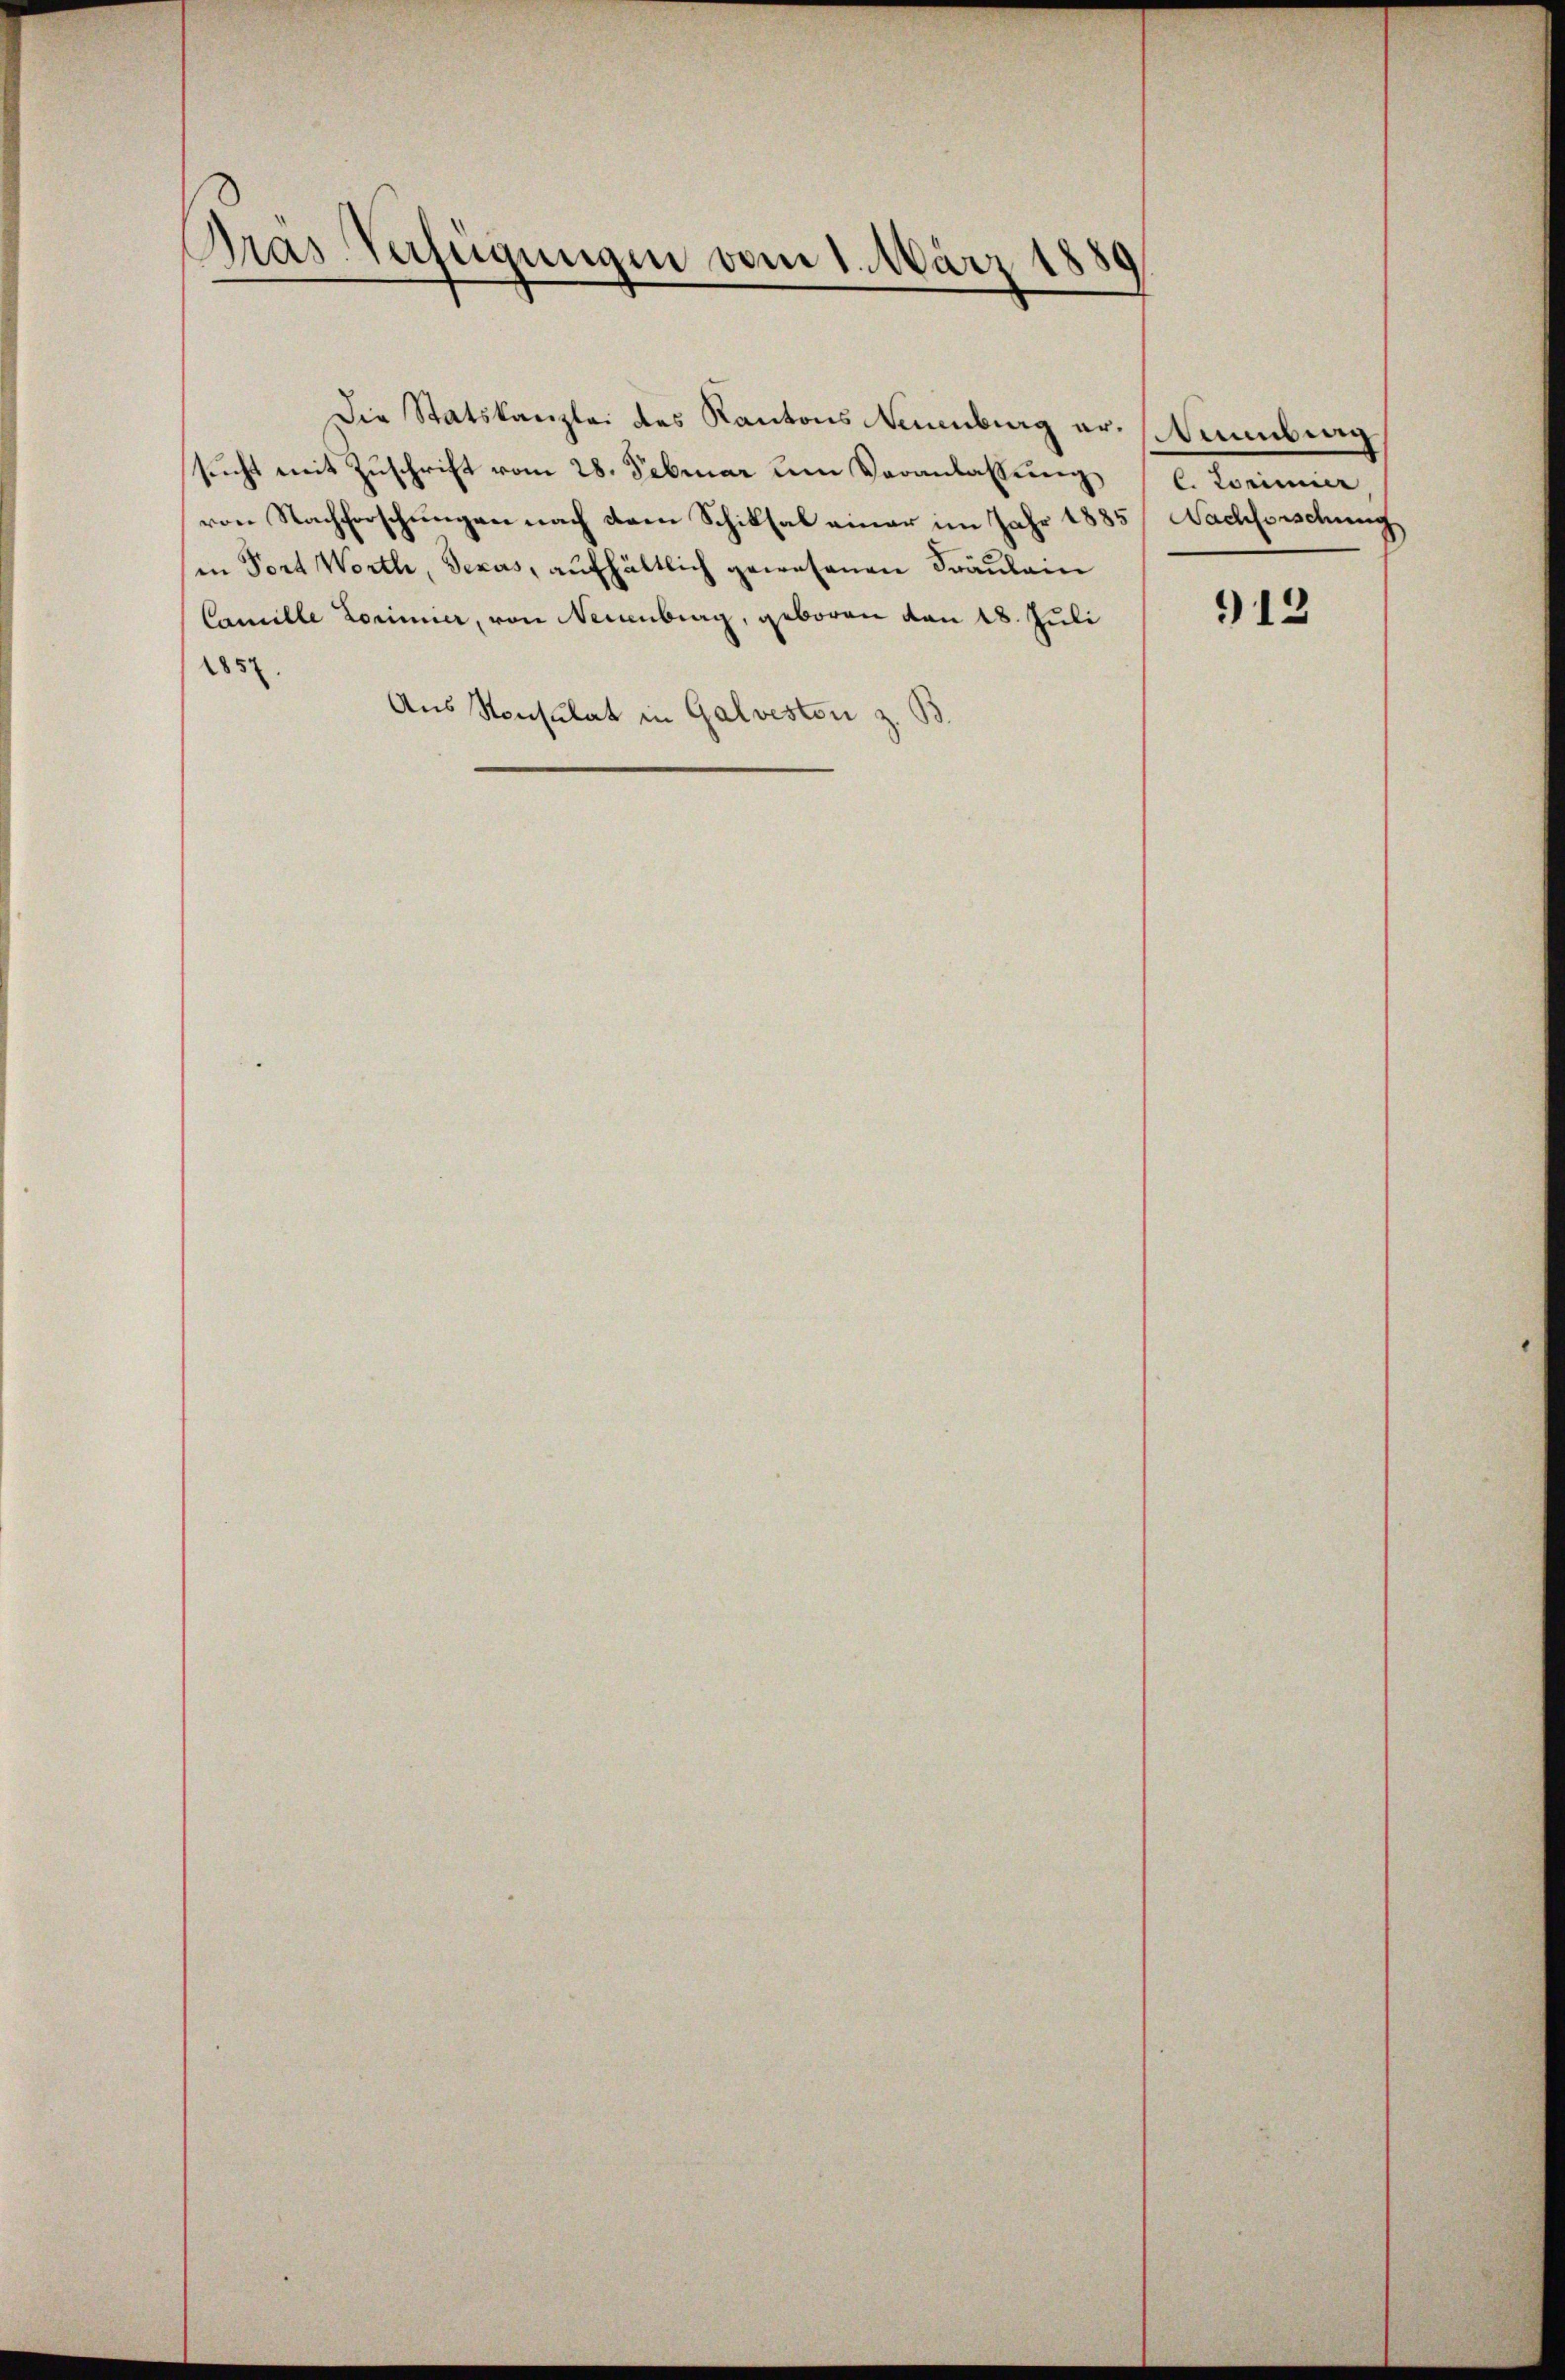
Dräs-Verfügungen vom 1. März 1885

Die Statskanzlei des Kantons Neuenburg er stumbung
sucht mit Zuschrift vom 28. Februar dem Veranlassung,
von Nachforschungen nach dem Schiksal einer im Jahr 1885
in Fort Worth, Sexus, aufhältlich gewesenen Fräulein
Camille Lorimier, von Neuenburg, geboren von 18. Juli
1857.
Aus Konsulat in Galveston z. B.

l. Weiner
5/ Nachforschung

912